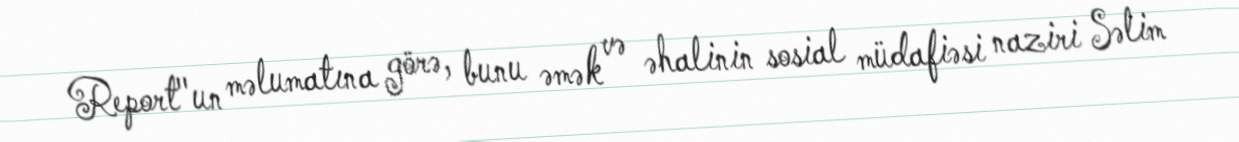
Report"un məlumatına görə, bunu əmək və əhalinin sosial müdafiəsi naziri Səlim